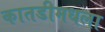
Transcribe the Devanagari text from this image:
कातडीमधला